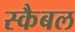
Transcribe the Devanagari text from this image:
स्कैबल